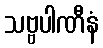
သဗ္ဗပါဏီနံ